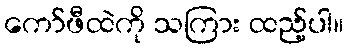
ကော်ဖီထဲကို သကြား ထည့်ပါ။